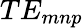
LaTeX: TE_{mnp}